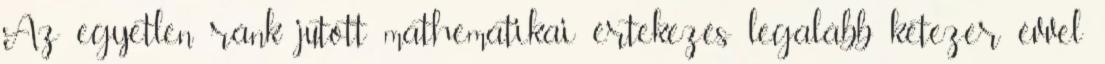
Az egyetlen ránk jutott mathematikai értekezés legalább kétezer évvel